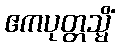
ဧကပုတ္တသ္မိံ